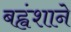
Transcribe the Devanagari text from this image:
बह्वंशाने